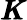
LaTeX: \pmb{K}